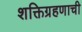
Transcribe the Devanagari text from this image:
शक्तिग्रहणाची